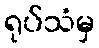
ရုပ်သံမှ